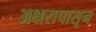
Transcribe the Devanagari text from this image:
अक्षरापासून